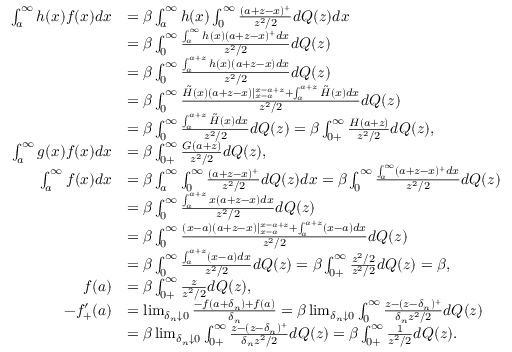
\begin{array} { r l } { \int _ { a } ^ { \infty } h ( x ) f ( x ) d x } & { = \beta \int _ { a } ^ { \infty } h ( x ) \int _ { 0 } ^ { \infty } \frac { ( a + z - x ) ^ { + } } { z ^ { 2 } / 2 } d Q ( z ) d x } \\ & { = \beta \int _ { 0 } ^ { \infty } \frac { \int _ { a } ^ { \infty } h ( x ) ( a + z - x ) ^ { + } d x } { z ^ { 2 } / 2 } d Q ( z ) } \\ & { = \beta \int _ { 0 } ^ { \infty } \frac { \int _ { a } ^ { a + z } h ( x ) ( a + z - x ) d x } { z ^ { 2 } / 2 } d Q ( z ) } \\ & { = \beta \int _ { 0 } ^ { \infty } \frac { \tilde { H } ( x ) ( a + z - x ) | _ { x = a } ^ { x = a + z } + \int _ { a } ^ { a + z } \tilde { H } ( x ) d x } { z ^ { 2 } / 2 } d Q ( z ) } \\ & { = \beta \int _ { 0 } ^ { \infty } \frac { \int _ { a } ^ { a + z } \tilde { H } ( x ) d x } { z ^ { 2 } / 2 } d Q ( z ) = \beta \int _ { 0 + } ^ { \infty } \frac { H ( a + z ) } { z ^ { 2 } / 2 } d Q ( z ) , } \\ { \int _ { a } ^ { \infty } g ( x ) f ( x ) d x } & { = \beta \int _ { 0 + } ^ { \infty } \frac { G ( a + z ) } { z ^ { 2 } / 2 } d Q ( z ) , } \\ { \int _ { a } ^ { \infty } f ( x ) d x } & { = \beta \int _ { a } ^ { \infty } \int _ { 0 } ^ { \infty } \frac { ( a + z - x ) ^ { + } } { z ^ { 2 } / 2 } d Q ( z ) d x = \beta \int _ { 0 } ^ { \infty } \frac { \int _ { a } ^ { \infty } ( a + z - x ) ^ { + } d x } { z ^ { 2 } / 2 } d Q ( z ) } \\ & { = \beta \int _ { 0 } ^ { \infty } \frac { \int _ { a } ^ { a + z } x ( a + z - x ) d x } { z ^ { 2 } / 2 } d Q ( z ) } \\ & { = \beta \int _ { 0 } ^ { \infty } \frac { ( x - a ) ( a + z - x ) | _ { x = a } ^ { x = a + z } + \int _ { a } ^ { a + z } ( x - a ) d x } { z ^ { 2 } / 2 } d Q ( z ) } \\ & { = \beta \int _ { 0 } ^ { \infty } \frac { \int _ { a } ^ { a + z } ( x - a ) d x } { z ^ { 2 } / 2 } d Q ( z ) = \beta \int _ { 0 + } ^ { \infty } \frac { z ^ { 2 } / 2 } { z ^ { 2 } / 2 } d Q ( z ) = \beta , } \\ { f ( a ) } & { = \beta \int _ { 0 + } ^ { \infty } \frac { z } { z ^ { 2 } / 2 } d Q ( z ) , } \\ { - f _ { + } ^ { \prime } ( a ) } & { = \operatorname* { l i m } _ { \delta _ { n } \downarrow 0 } \frac { - f ( a + \delta _ { n } ) + f ( a ) } { \delta _ { n } } = \beta \operatorname* { l i m } _ { \delta _ { n } \downarrow 0 } \int _ { 0 } ^ { \infty } \frac { z - ( z - \delta _ { n } ) ^ { + } } { \delta _ { n } z ^ { 2 } / 2 } d Q ( z ) } \\ & { = \beta \operatorname* { l i m } _ { \delta _ { n } \downarrow 0 } \int _ { 0 + } ^ { \infty } \frac { z - ( z - \delta _ { n } ) ^ { + } } { \delta _ { n } z ^ { 2 } / 2 } d Q ( z ) = \beta \int _ { 0 + } ^ { \infty } \frac { 1 } { z ^ { 2 } / 2 } d Q ( z ) . } \end{array}